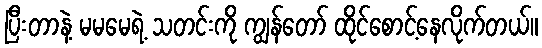
ပြီးတာနဲ့ မမမေရဲ့ သတင်းကို ကျွန်တော် ထိုင်စောင့်နေလိုက်တယ်။